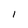
Character: l